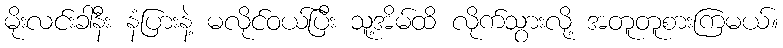
မိုးလင်းခါနီး နံပြားနဲ့ မလိုင်ဝယ်ပြီး သူ့အိမ်ထိ လိုက်သွားလို့ အတူတူစားကြမယ်။